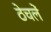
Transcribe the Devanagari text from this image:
ठेचलें